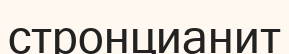
стронцианит